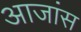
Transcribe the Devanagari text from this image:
आजांस